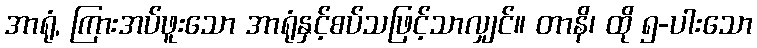
အာရုံ, ကြားအပ်ဖူးသော အာရုံနှင့်စပ်သဖြင့်သာလျှင်။ တာနိ၊ ထို ၅-ပါးသော